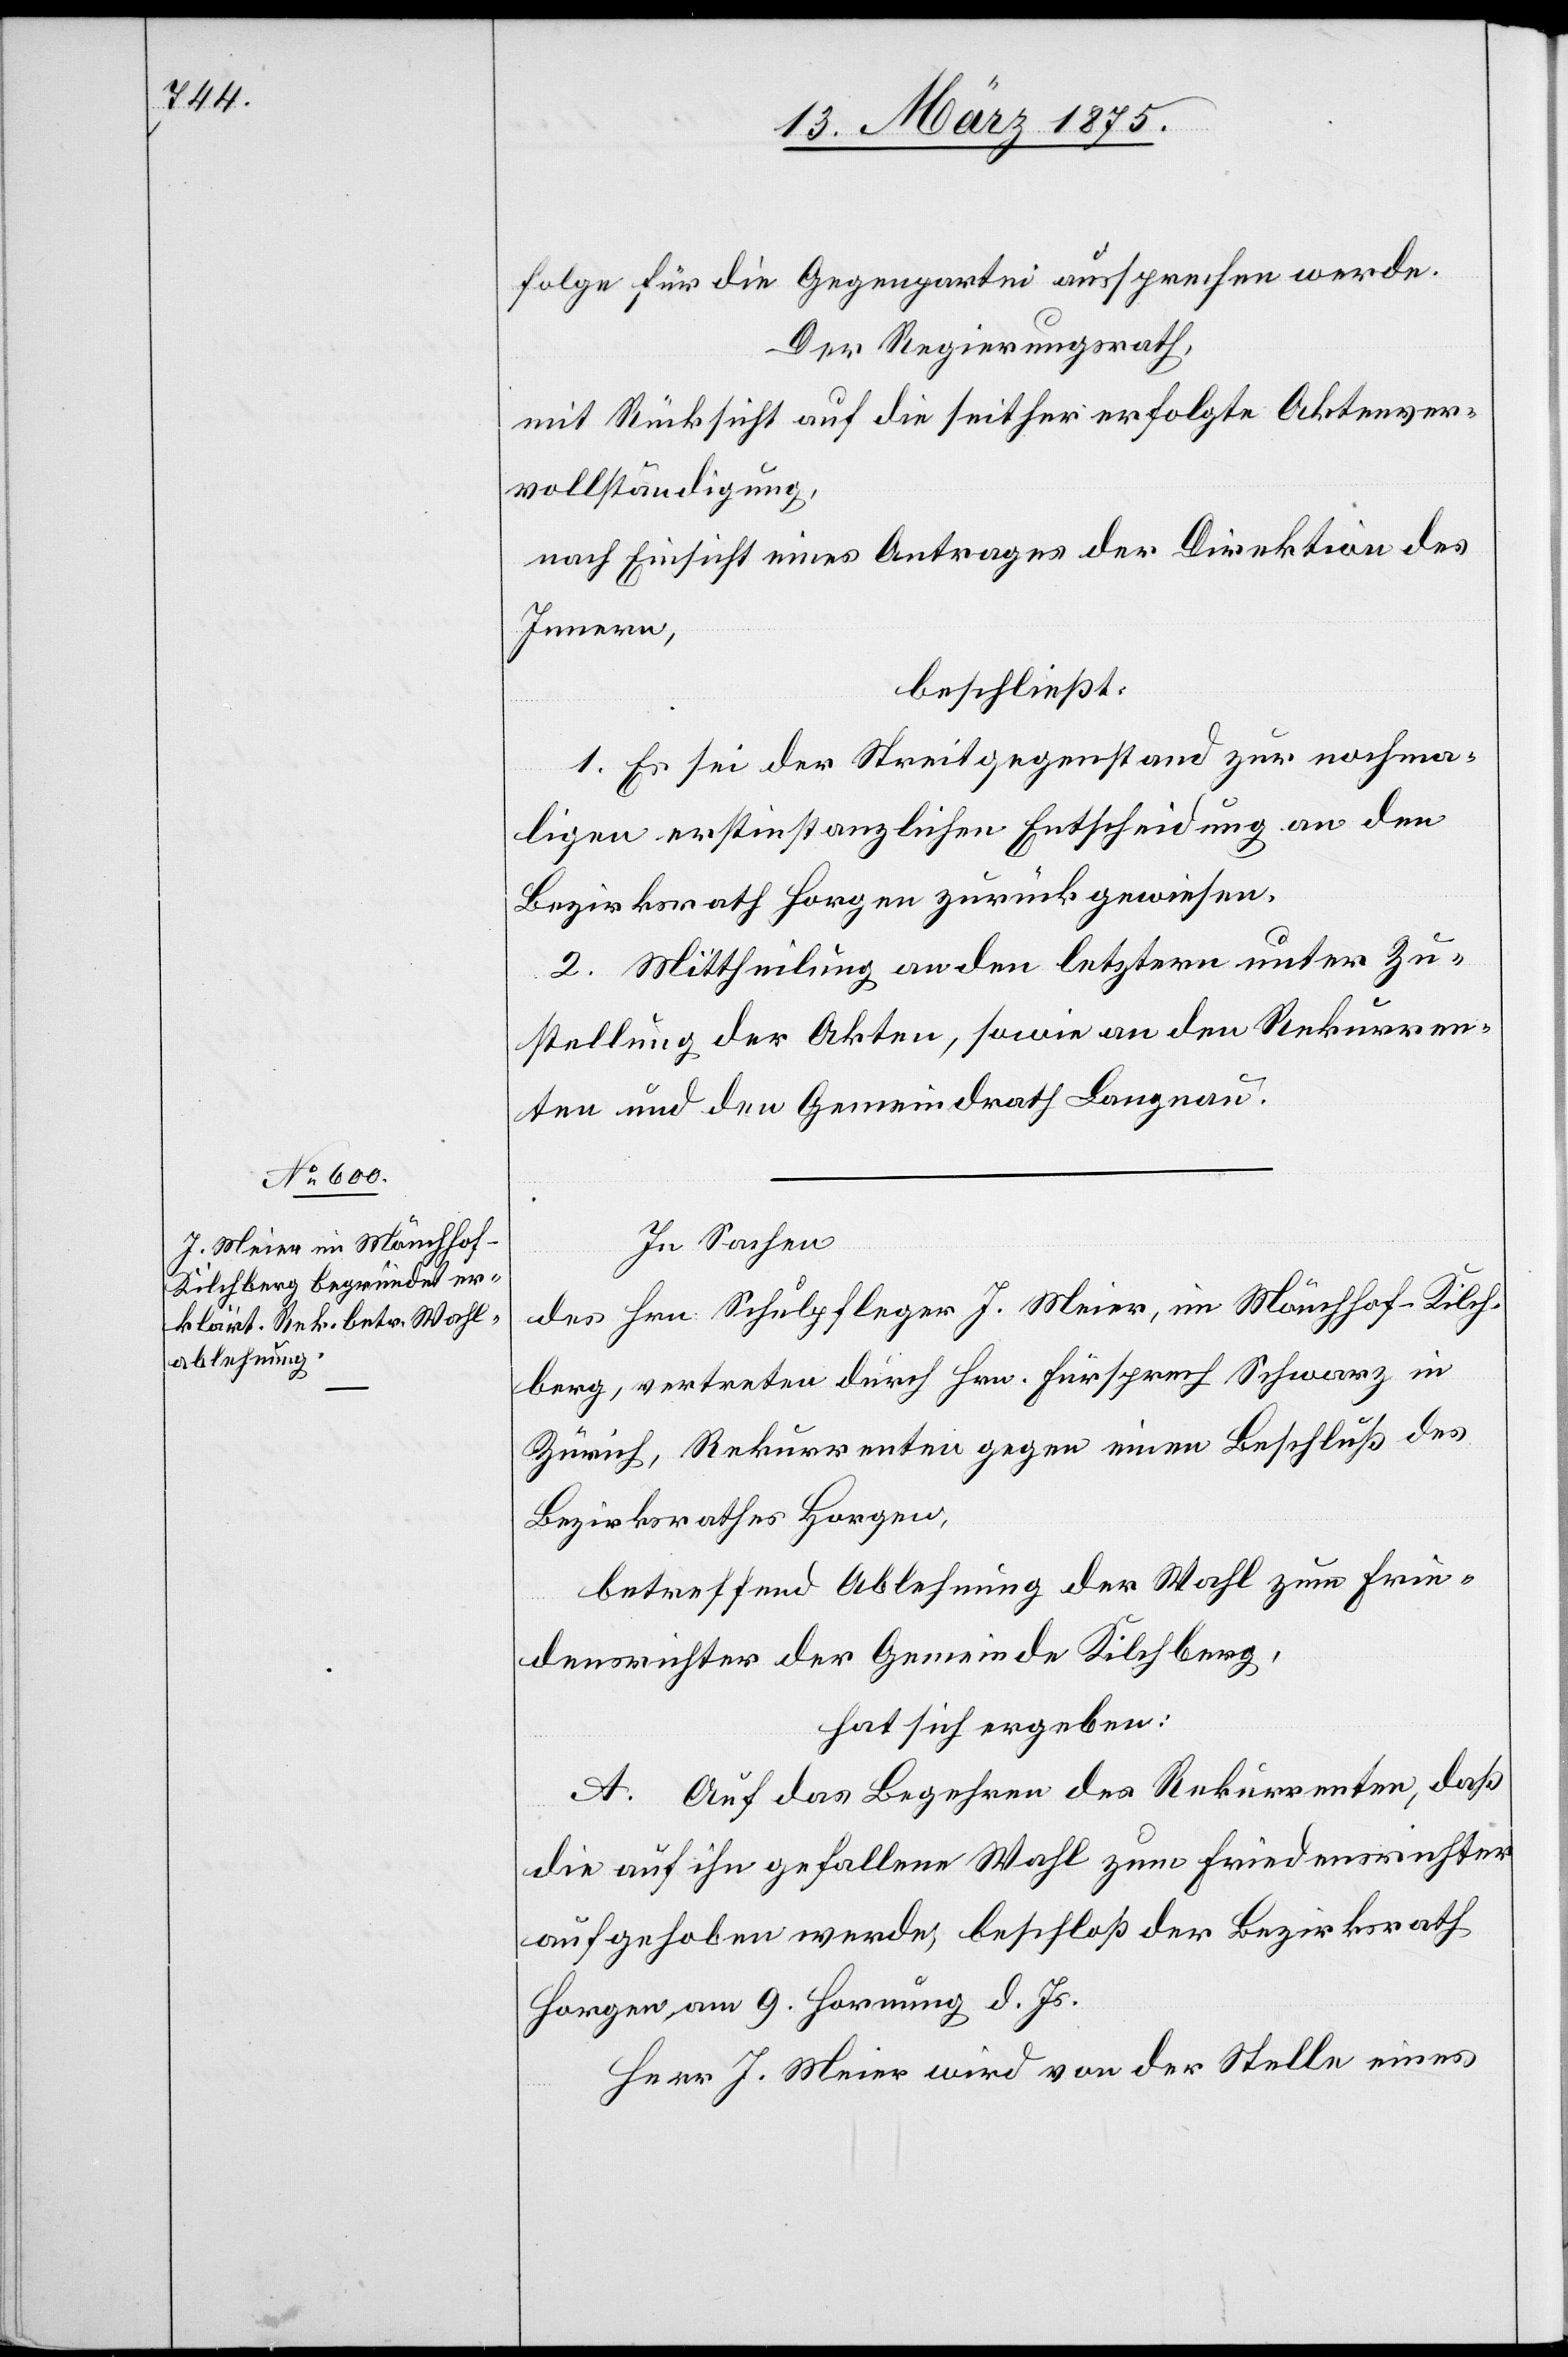
folge für die Gegenpartei aussprechen werde.
Der Regierungsrath,
mit Rücksicht auf die seither erfolgte Aktenver¬
vollständigung,
nach Einsicht eines Antrages der Direktion des
Innern,
beschließt:
1. Es sei der Streitgegenstand zur nochma¬
ligen erstinstanzlichen Entscheidung an den
Bezirksrath Horgen zurückgewiesen.
2. Mittheilung an den letztere unter Zu¬
stellung der Akten, sowie an den Rekurren¬
ten und den Gemeindrath Langnau.
In Sachen
des Hrn. Schulpfleger J. Meier, im Mönchhof - Kilch¬
berg, vertreten durch Hrn. Fürsprech Schwarz in
Zürich, Rekurrenten gegen einen Beschluß des
Bezirksrathes Horgen,
betreffend Ablehnung der Wahl zum Frie¬
densrichter der Gemeinde Kilchberg,
hat sich ergeben:
A. Auf das Begehren des Rekurrenten, daß
die auf ihn gefallene Wahl zum Friedensrichter
aufgehoben werde, beschloß der Bezirksrath
Horgen am 9. Hornung d. Js.
Herr J. Meier wird von der Stelle eines